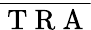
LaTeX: \overline{{\mathrm{~T~R~A~}}}